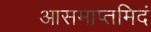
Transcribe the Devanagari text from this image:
आसमाप्तमिदं